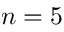
n = 5